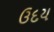
ઉદય